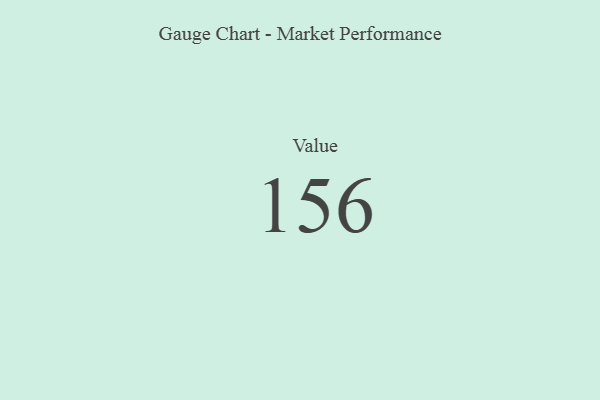
{"axis": {"x": "Metric", "y": "Value"}, "legend": [""], "data": [{"x": "Value", "y": 156, "type": ""}]}